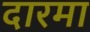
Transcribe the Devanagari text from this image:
दारमा